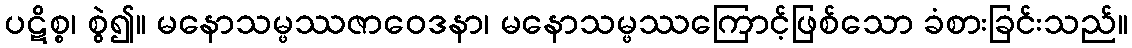
ပဋိစ္စ၊ စွဲ၍။ မနောသမ္ဖဿဇာဝေဒနာ၊ မနောသမ္ဖဿကြောင့်ဖြစ်သော ခံစားခြင်းသည်။